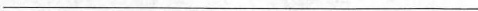
___